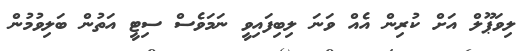
ލިވަޕޫލް އަށް ކުރިން އެއް ވަނަ ލިބިފައިވީ ނަމަވެސް ސިޓީ އަތުން ބަލިވުމުން